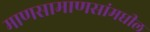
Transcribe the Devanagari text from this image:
माणसामाणसांमधील